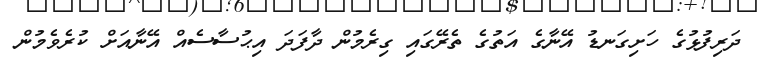
ދަރިފުޅުގެ ހަށިގަނޑު އޭނާގެ އަތުގެ ތެރޭގައި ގިރެމުން ދާފަދަ އިޙުސާސެއް އޭނާއަށް ކުރެވެމުން